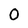
Character: O